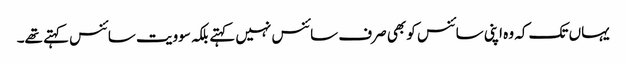
یہاں تک کہ وہ اپنی سائنس کو بھی صرف سائنس نہیں کہتے بلکہ سوویت سائنس کہتے تھے۔